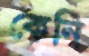
কেনি